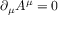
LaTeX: \partial _ { \mu } A ^ { \mu } = 0